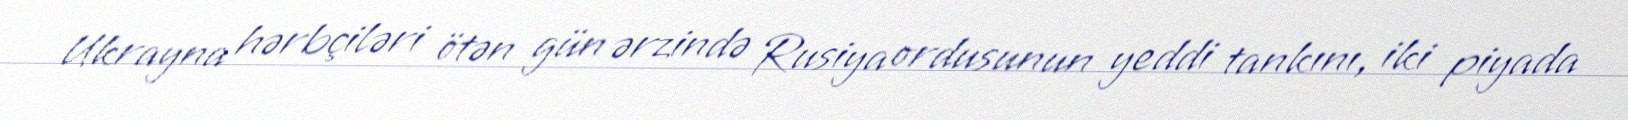
Ukrayna hərbçiləri ötən gün ərzində Rusiya ordusunun yeddi tankını, iki piyada